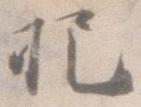
把